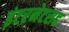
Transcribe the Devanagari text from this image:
इंटरनेटसह